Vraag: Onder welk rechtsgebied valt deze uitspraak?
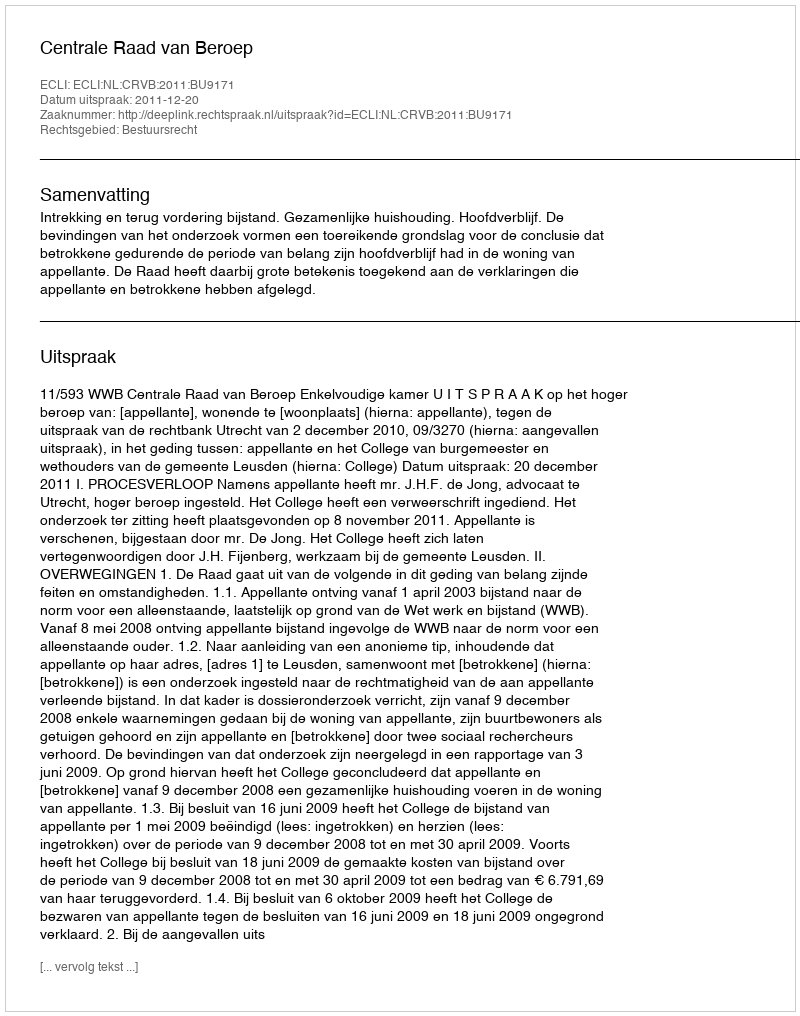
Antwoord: Bestuursrecht